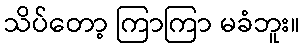
သိပ်တော့ ကြာကြာ မခံဘူး။